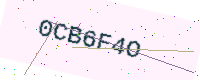
Text: 0CB6F4O